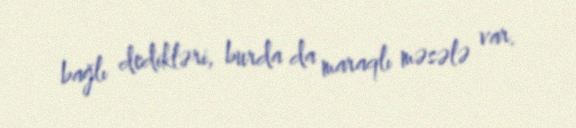
bağlı dedikləri, burda da maraqlı məsələ var.